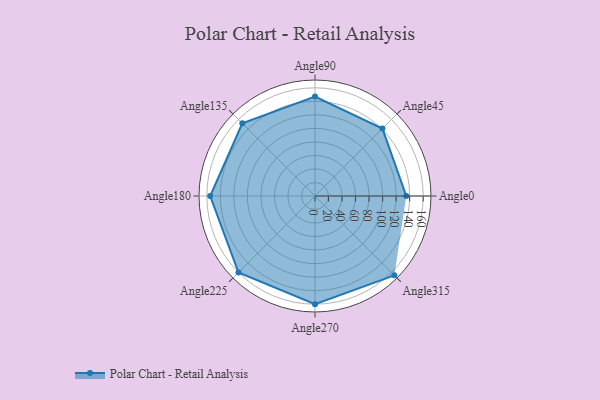
{"axis": {"x": "Angle", "y": "Radius"}, "legend": [""], "data": [{"x": "Angle0", "y": 135.0, "type": ""}, {"x": "Angle45", "y": 141.0, "type": ""}, {"x": "Angle90", "y": 147.0, "type": ""}, {"x": "Angle135", "y": 152.0, "type": ""}, {"x": "Angle180", "y": 155.0, "type": ""}, {"x": "Angle225", "y": 160.0, "type": ""}, {"x": "Angle270", "y": 160.0, "type": ""}, {"x": "Angle315", "y": 166.0, "type": ""}]}